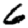
Digit: 6